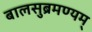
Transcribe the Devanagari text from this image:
बालसुब्रमण्यम्